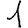
Digit: 1